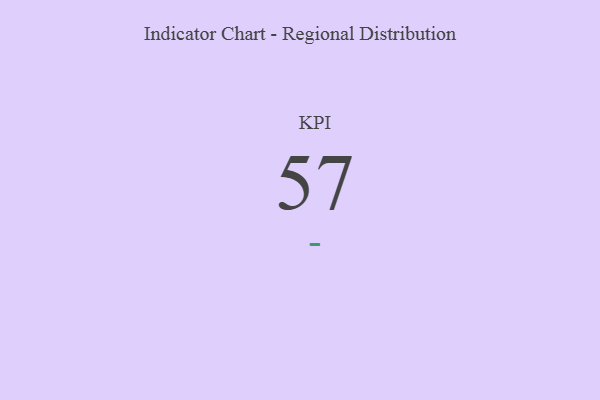
{"axis": {"x": "KPI", "y": "Value"}, "legend": [""], "data": [{"x": "KPI", "y": 57, "type": ""}]}